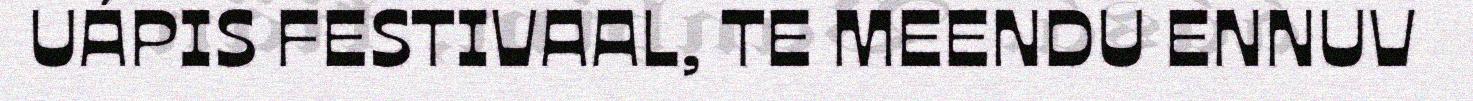
UÁPIS FESTIVAAL, TE MEENDU ENNUV